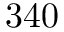
3 4 0